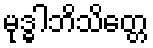
မုဒ္ဓါဘိသိတ္တေ